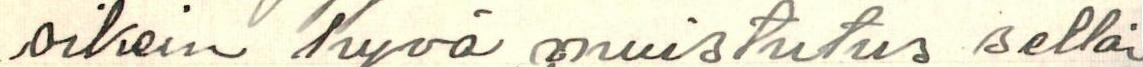
oikein hyvä muistutus sellai